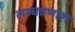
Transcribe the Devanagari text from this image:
लब्धप्रणाश